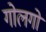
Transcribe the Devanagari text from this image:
गोलगो